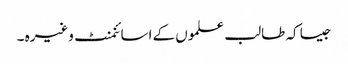
جیسا کہ طالب علموں کے اسائنمنٹ وغیرہ ۔